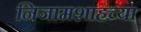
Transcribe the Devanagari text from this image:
निजामशाहच्या